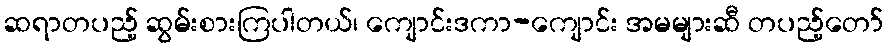
ဆရာတပည့် ဆွမ်းစားကြပါတယ်၊ ကျောင်းဒကာ-ကျောင်း အမများဆီ တပည့်တော်